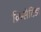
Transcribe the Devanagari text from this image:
क्रिसेटिडा